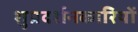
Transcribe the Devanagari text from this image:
शुप्रदर्शनकारियों